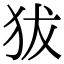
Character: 𤝜